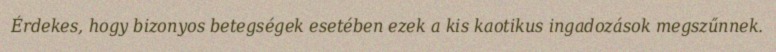
Érdekes, hogy bizonyos betegségek esetében ezek a kis kaotikus ingadozások megszűnnek.